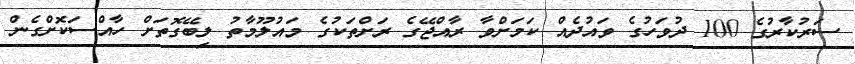
ސަރުކާރުގެ 100 ދުވަހުގެ ވައުދެއް ކަމަށްވާ ރާއްޖޭގެ ރަށްތަކުގެ މައުލޫމާތު ލިބޭގޮތަށް ހާއްސަކޮށްގެން